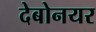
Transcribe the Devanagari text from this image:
देबोनयर